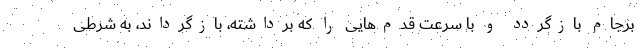
برجام بازگردد و با سرعت قدم‌هایی را که برداشته، بازگرداند، به شرطی